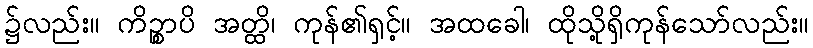
၌လည်း။ ကိဉ္စာပိ အတ္ထိ၊ ကုန်၏ရှင့်။ အထခေါ၊ ထိုသို့ရှိကုန်သော်လည်း။